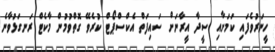
ހީނަރުވެފައި ކަމަށާއި ސީދާ އީރާނަށް ސައިފަތް އެކްސްޕޯޓް ކުރެވޭ ގޮތްވުމުން މާކެޓް ރަނގަޅުވާނެ